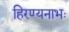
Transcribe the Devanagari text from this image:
हिरण्यनाभः